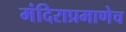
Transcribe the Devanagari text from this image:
मंदिराप्रमाणेच